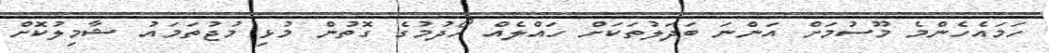
ހަމައެހެންމެ މޫސުމަށް އަންނަ ބަދަލުތަކަށް ހައްލެއް ހޯދުމުގެ ގޮތުން މުޅި މުޖުތަމައު ޝާމިލުކޮށް